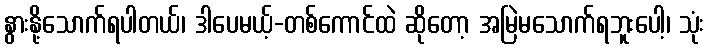
နွားနို့သောက်ရပါတယ်၊ ဒါပေမယ့်-တစ်ကောင်ထဲ ဆိုတော့ အမြဲမသောက်ရဘူးပေါ့၊ သုံး